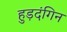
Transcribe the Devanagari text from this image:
हुड़दंगिन